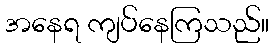
အနေရ ကျပ်နေကြသည်။